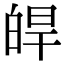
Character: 皔